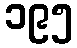
၁၉၅